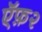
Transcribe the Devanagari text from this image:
ऍफ़२